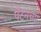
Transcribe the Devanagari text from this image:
पॅटनच्या